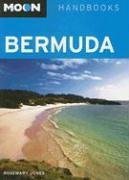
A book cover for Moon Bermuda (Moon Handbooks); Dr. Rosemary Jones; Travel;